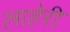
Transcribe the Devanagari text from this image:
लाहेरी